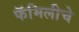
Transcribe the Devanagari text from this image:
फॅमिलीचे